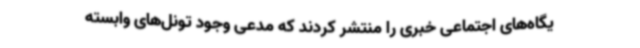
یگاه‌های اجتماعی خبری را منتشر کردند که مدعی وجود تونل‌های وابسته